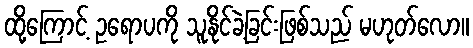
ထို့ကြောင့် ဥရောပကို သူနိုင်ခဲ့ခြင်းဖြစ်သည် မဟုတ်လော။